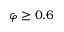
\varphi \geq 0 . 6